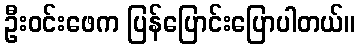
ဦးဝင်းဖေက ပြန်ပြောင်းပြောပါတယ်။